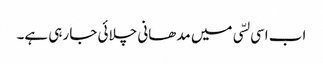
اب اسی لسّی میں مدھانی چلائی جا رہی ہے۔